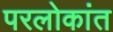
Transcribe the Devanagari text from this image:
परलोकांत